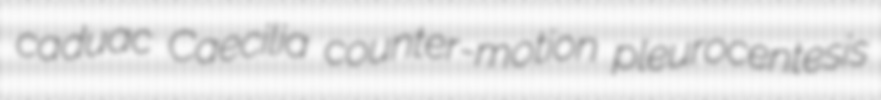
caduac Caecilia counter-motion pleurocentesis